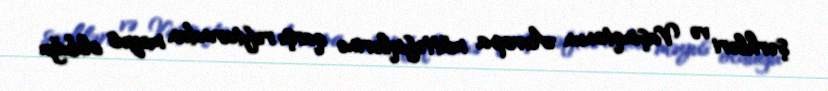
şərhləri və Vaşinqtonun Avropa müttəfiqlərinə qarşı rəftarından məyus olduğu